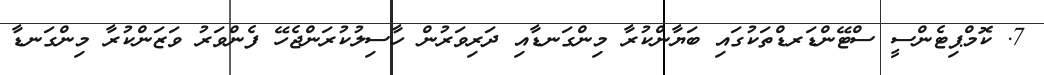
7. ކޮމްޕިޓެންސީ ސްޓޭންޑަރޑްތަކުގައި ބަޔާންކުރާ މިންގަނޑާއި ދަރިވަރުން ހާސިލުކުރަންޖެހޭ ފެންވަރު ވަޒަންކުރާ މިންގަނޑާ